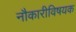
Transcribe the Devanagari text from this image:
नौकारीविषयक